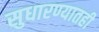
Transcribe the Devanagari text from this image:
सुधारण्यातही